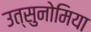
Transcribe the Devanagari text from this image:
उत्सुनोमिया